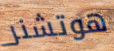
هوتشنر